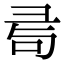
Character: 𢑔